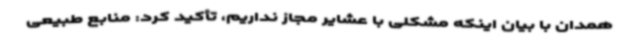
همدان با بیان اینکه مشکلی با عشایر مجاز نداریم، تأکید کرد: منابع طبیعی